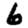
Digit: 6